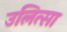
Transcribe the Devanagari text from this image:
उलित्सा